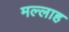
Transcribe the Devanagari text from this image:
मल्‍लाह